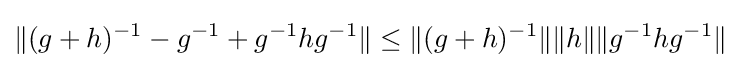
\|(g+h)^{-1}-g^{-1}+g^{-1}hg^{-1}\|\leq \|(g+h)^{-1}\|\|h\|\|g^{-1}hg^{-1}\|